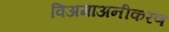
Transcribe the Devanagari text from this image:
विअमाअनीकरण